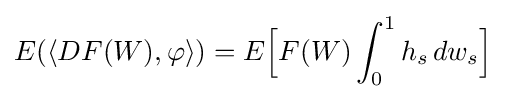
E(\langle DF(W),\varphi \rangle )=E{\Big [}F(W)\int _{0}^{1}h_{s}\,dw_{s}{\Big ]}